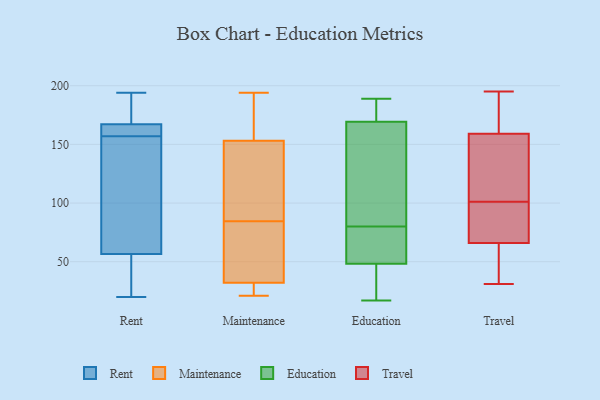
{"axis": {"x": "Gross Profit (USD K)", "y": "Value"}, "legend": ["Education", "Maintenance", "Rent", "Travel"], "data": [{"x": "", "y": 147, "type": "Rent"}, {"x": "", "y": 171, "type": "Rent"}, {"x": "", "y": 157, "type": "Rent"}, {"x": "", "y": 51, "type": "Rent"}, {"x": "", "y": 166, "type": "Rent"}, {"x": "", "y": 58, "type": "Rent"}, {"x": "", "y": 160, "type": "Rent"}, {"x": "", "y": 194, "type": "Rent"}, {"x": "", "y": 33, "type": "Rent"}, {"x": "", "y": 187, "type": "Rent"}, {"x": "", "y": 157, "type": "Rent"}, {"x": "", "y": 84, "type": "Rent"}, {"x": "", "y": 121, "type": "Rent"}, {"x": "", "y": 160, "type": "Rent"}, {"x": "", "y": 52, "type": "Rent"}, {"x": "", "y": 179, "type": "Rent"}, {"x": "", "y": 20, "type": "Rent"}, {"x": "", "y": 41, "type": "Maintenance"}, {"x": "", "y": 29, "type": "Maintenance"}, {"x": "", "y": 157, "type": "Maintenance"}, {"x": "", "y": 194, "type": "Maintenance"}, {"x": "", "y": 28, "type": "Maintenance"}, {"x": "", "y": 21, "type": "Maintenance"}, {"x": "", "y": 149, "type": "Maintenance"}, {"x": "", "y": 39, "type": "Maintenance"}, {"x": "", "y": 86, "type": "Maintenance"}, {"x": "", "y": 98, "type": "Maintenance"}, {"x": "", "y": 27, "type": "Maintenance"}, {"x": "", "y": 191, "type": "Maintenance"}, {"x": "", "y": 35, "type": "Maintenance"}, {"x": "", "y": 182, "type": "Maintenance"}, {"x": "", "y": 105, "type": "Maintenance"}, {"x": "", "y": 83, "type": "Maintenance"}, {"x": "", "y": 17, "type": "Education"}, {"x": "", "y": 180, "type": "Education"}, {"x": "", "y": 33, "type": "Education"}, {"x": "", "y": 189, "type": "Education"}, {"x": "", "y": 58, "type": "Education"}, {"x": "", "y": 80, "type": "Education"}, {"x": "", "y": 68, "type": "Education"}, {"x": "", "y": 175, "type": "Education"}, {"x": "", "y": 132, "type": "Education"}, {"x": "", "y": 45, "type": "Education"}, {"x": "", "y": 152, "type": "Education"}, {"x": "", "y": 101, "type": "Travel"}, {"x": "", "y": 171, "type": "Travel"}, {"x": "", "y": 138, "type": "Travel"}, {"x": "", "y": 59, "type": "Travel"}, {"x": "", "y": 124, "type": "Travel"}, {"x": "", "y": 163, "type": "Travel"}, {"x": "", "y": 38, "type": "Travel"}, {"x": "", "y": 90, "type": "Travel"}, {"x": "", "y": 87, "type": "Travel"}, {"x": "", "y": 31, "type": "Travel"}, {"x": "", "y": 92, "type": "Travel"}, {"x": "", "y": 36, "type": "Travel"}, {"x": "", "y": 190, "type": "Travel"}, {"x": "", "y": 195, "type": "Travel"}, {"x": "", "y": 147, "type": "Travel"}]}